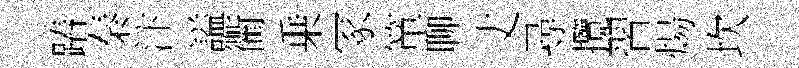
蹖秦汴謚衢乗冢箪聊丈尋攬習煬坎